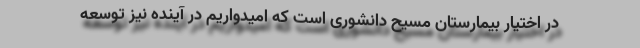
در اختیار بیمارستان مسیح دانشوری است که امیدواریم در آینده نیز توسعه